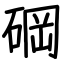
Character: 碙